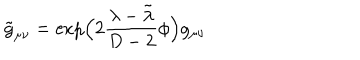
LaTeX: \tilde { g } _ { \mu \nu } = \exp \! \Big ( 2 \frac { \lambda - \tilde { \lambda } } { D - 2 } \phi \Big ) g _ { \mu \nu }